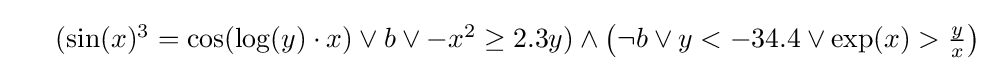
{\begin{array}{lr}&(\sin(x)^{3}=\cos(\log(y)\cdot x)\vee b\vee -x^{2}\geq 2.3y)\wedge \left(\neg b\vee y<-34.4\vee \exp(x)>{y \over x}\right)\end{array}}